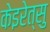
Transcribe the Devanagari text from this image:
केइरेत्सु